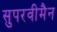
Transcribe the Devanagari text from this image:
सुपरवीमैन